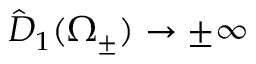
\hat { D } _ { 1 } ( \Omega _ { \pm } ) \rightarrow \pm \infty